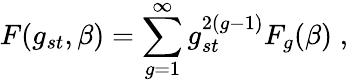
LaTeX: F(g_{st},\beta)=\sum_{g=1}^{\infty}g_{st}^{2(g-1)}F_{g}(\beta)\; ,